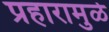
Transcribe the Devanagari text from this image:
प्रहारामुळे